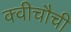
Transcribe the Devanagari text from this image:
क्वीचौची